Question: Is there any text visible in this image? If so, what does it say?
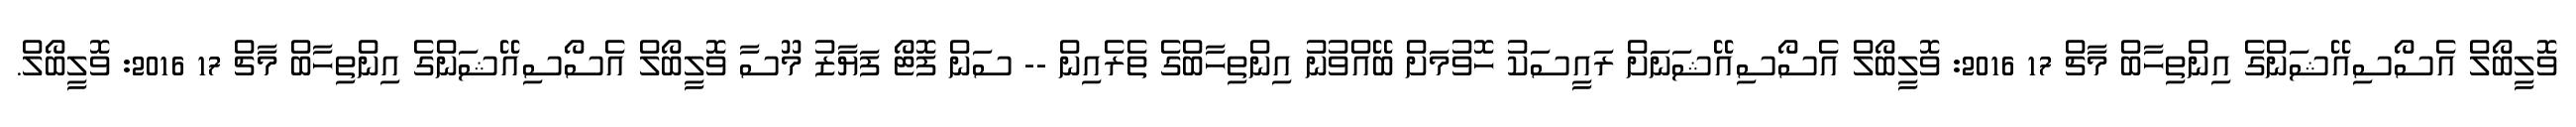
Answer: ވޮލީބޯލް އެސޯސިއޭޝަންގެ އިންތިހާބް މާޗް 17 2016: ވޮލީބޯލް އެސޯސިއޭޝަނަށް ރައީސަކު ހޮވުމަށް ބޭއްވުނު އިންތިހާބްގެ ތެރެއިން -- ސަން ފޮޓޯ ފަޔާޒު މޫސާ ވޮލީބޯލް އެސޯސިއޭޝަންގެ އިންތިހާބް މާޗް 17 2016: ވޮލީބޯލް.